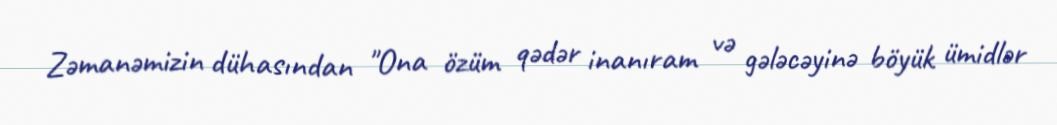
Zəmanəmizin dühasından "Ona özüm qədər inanıram və gələcəyinə böyük ümidlər